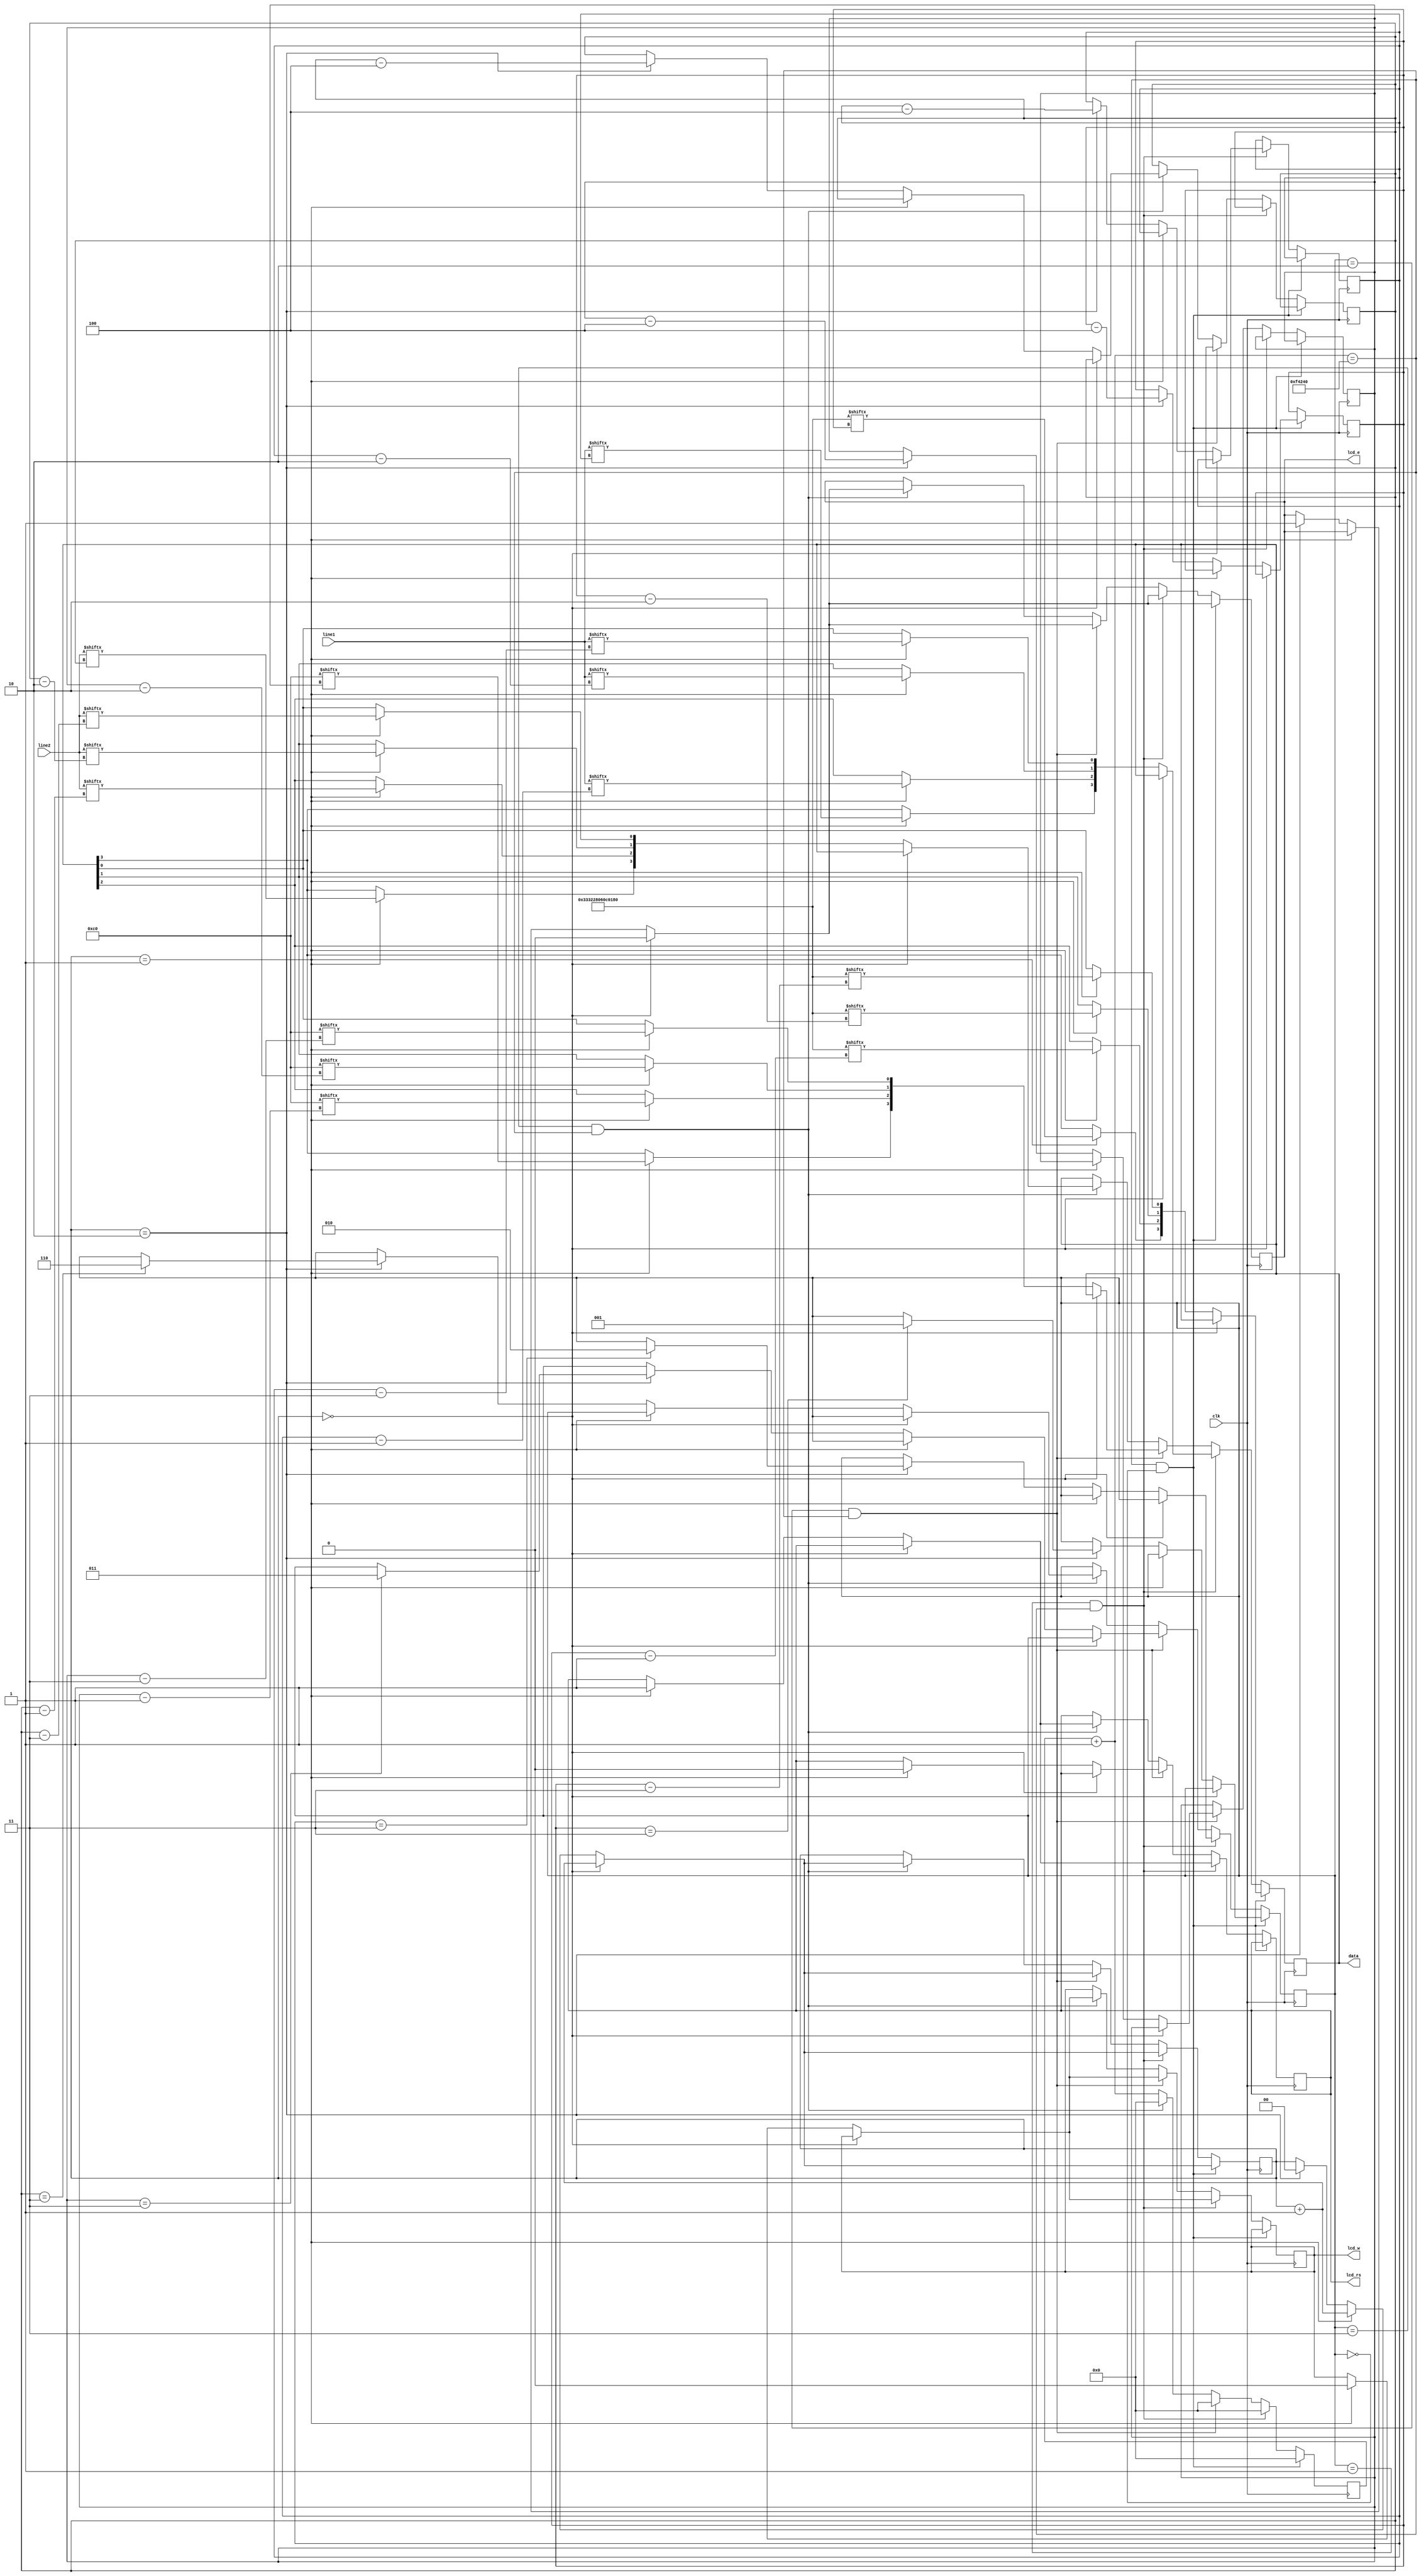
`timescale 1ns / 1ps

module LCD( clk, line1, line2, lcd_e, lcd_w, lcd_rs, data);

input clk;
input [127:0]line1,line2;
output wire lcd_e, lcd_w, lcd_rs;
output wire [3:0] data;

reg [22:0] counter;
reg [2:0] inc;

reg lcd_er, lcd_wr, lcd_rsr;
reg [3:0] data_r;
reg [1:0] flag;
reg [7:0] index1,index2,index3,index4;

initial 
begin
lcd_er=0; lcd_wr=0; lcd_rsr =0;flag=0; index1 = 55; counter=0; inc=0;index2=127;index3=7;index4=127;
end

wire[55:0] config_data;
wire[7:0] br;
assign config_data=56'h333228060C0180;
assign br = 8'hC0;

always @(posedge clk)
begin
	counter = counter + 1;
	if(counter == 1000000 && inc==3'b000)
	begin
		if(flag==2'b00)
		begin
			lcd_er=0;
			flag = flag+1;
		end
		else if(flag == 2'b01)
		begin
			data_r[3] = config_data[index1];
			data_r[2] = config_data[index1-1];
			data_r[1] = config_data[index1-2];
			data_r[0] = config_data[index1-3];
			flag=flag+1;	
		end
		else if(flag == 2'b10)
		begin
			
			if (index1 == 3)
			begin
				inc = 3'b001;
				flag=0;
			end
			lcd_er=1;
			flag = 0;
			index1 = index1-4;
		end
		counter = 0;
	end
	else if(inc == 3'b001 && counter == 1000000)
	begin
		
		if(flag==2'b00)
		begin
			lcd_er=0;
			flag = flag+1;
		end
		else if(flag == 2'b01)
		begin
			lcd_rsr =1;
			lcd_wr =0;
			data_r[3] = line1[index2];
			data_r[2] = line1[index2-1];
			data_r[1] = line1[index2-2];
			data_r[0] = line1[index2-3];
			flag=flag+1;
			
		end
		else if(flag == 2'b10)
		begin
			if (index2 ==3)
			begin
				inc = 3'b010;
				flag=0;
			end
			lcd_er=1;
			flag = 0;
			index2 = index2-4;
		end
		counter = 0;
	end
	else if(inc == 3'b010 && counter == 1000000)
	begin
		
		if(flag == 2'b00)
		begin
			lcd_er=0;
			flag = flag+1;
		end
		else if(flag == 2'b01)
		begin
			lcd_rsr=0;
			lcd_wr=0;
			data_r[3] = br[index3];
			data_r[2] = br[index3-1];
			data_r[1] = br[index3-2];
			data_r[0] = br[index3-3];
			flag=flag+1;
		end
		else if(flag == 2'b10)
		begin
			if (index3 ==3)
			begin
				inc = 3'b011;
				flag=0;
			end
			lcd_er=1;
			flag = 0;
			index3 = index3-4;
		end
		counter = 0;
	end
	else if(inc == 3'b011 && counter == 1000000)
	begin
		if(flag==2'b00)
		begin
			lcd_er=0;
			flag = flag+1;
		end
		else if(flag == 2'b01)
		begin
			lcd_rsr=1;
			lcd_wr=0;
			data_r[3] = line2[index4];
			data_r[2] = line2[index4-1];
			data_r[1] = line2[index4-2];
			data_r[0] = line2[index4-3];
			flag=flag+1;	
		end
		else if(flag == 2'b10)
		begin
			if (index4 ==3)
			begin
				inc = 3'b110;
			end
			lcd_er=1;
			flag = 0;
			index4 = index4-4;
		end
		counter = 0;
	end	
end


assign data[3:0] = data_r[3:0];
assign lcd_e = lcd_er;
assign lcd_w = lcd_wr;
assign lcd_rs = lcd_rsr; 

endmodule